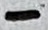
Text: -